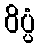
ဝိပ္ပံ